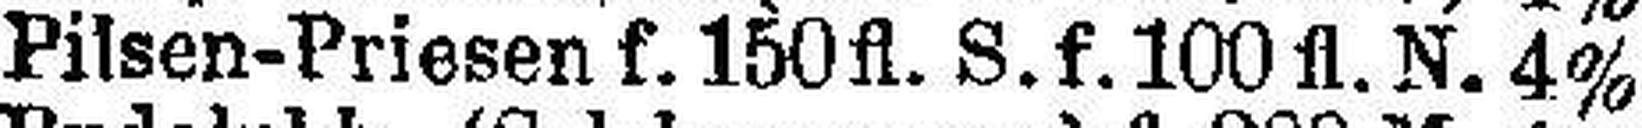
Pilsen-Priesen f. 150 fl. S.f. 100 fl. N. 4%